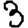
Digit: 3